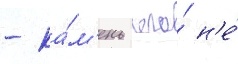
- ка́м'ень его́ н'е́